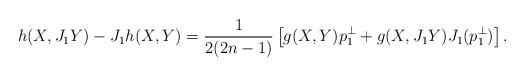
LaTeX: \begin{align*}h(X,J_1Y)-J_1h(X,Y)=\frac{1}{2(2n-1)}\left[g(X,Y)p^\bot_1+g(X,J_1Y)J_1(p^\bot_1)\right].\end{align*}